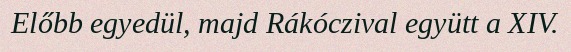
Előbb egyedül, majd Rákóczival együtt a XIV.